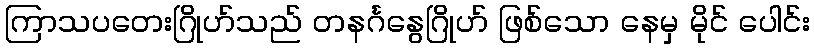
ကြာသပတေးဂြိုဟ်သည် တနင်္ဂနွေဂြိုဟ် ဖြစ်သော နေမှ မိုင် ပေါင်း